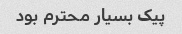
پیک بسیار محترم بود